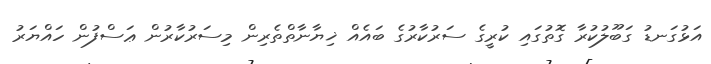
އަޅުގަނޑު ގަބޫލުކުރާ ގޮތުގައި ކުރީގެ ސަރުކާރުގެ ބައެއް ޚިޔާނާތްތެރިން މިސަރުކާރުން ޢަސްފުން ހައްޔަރު